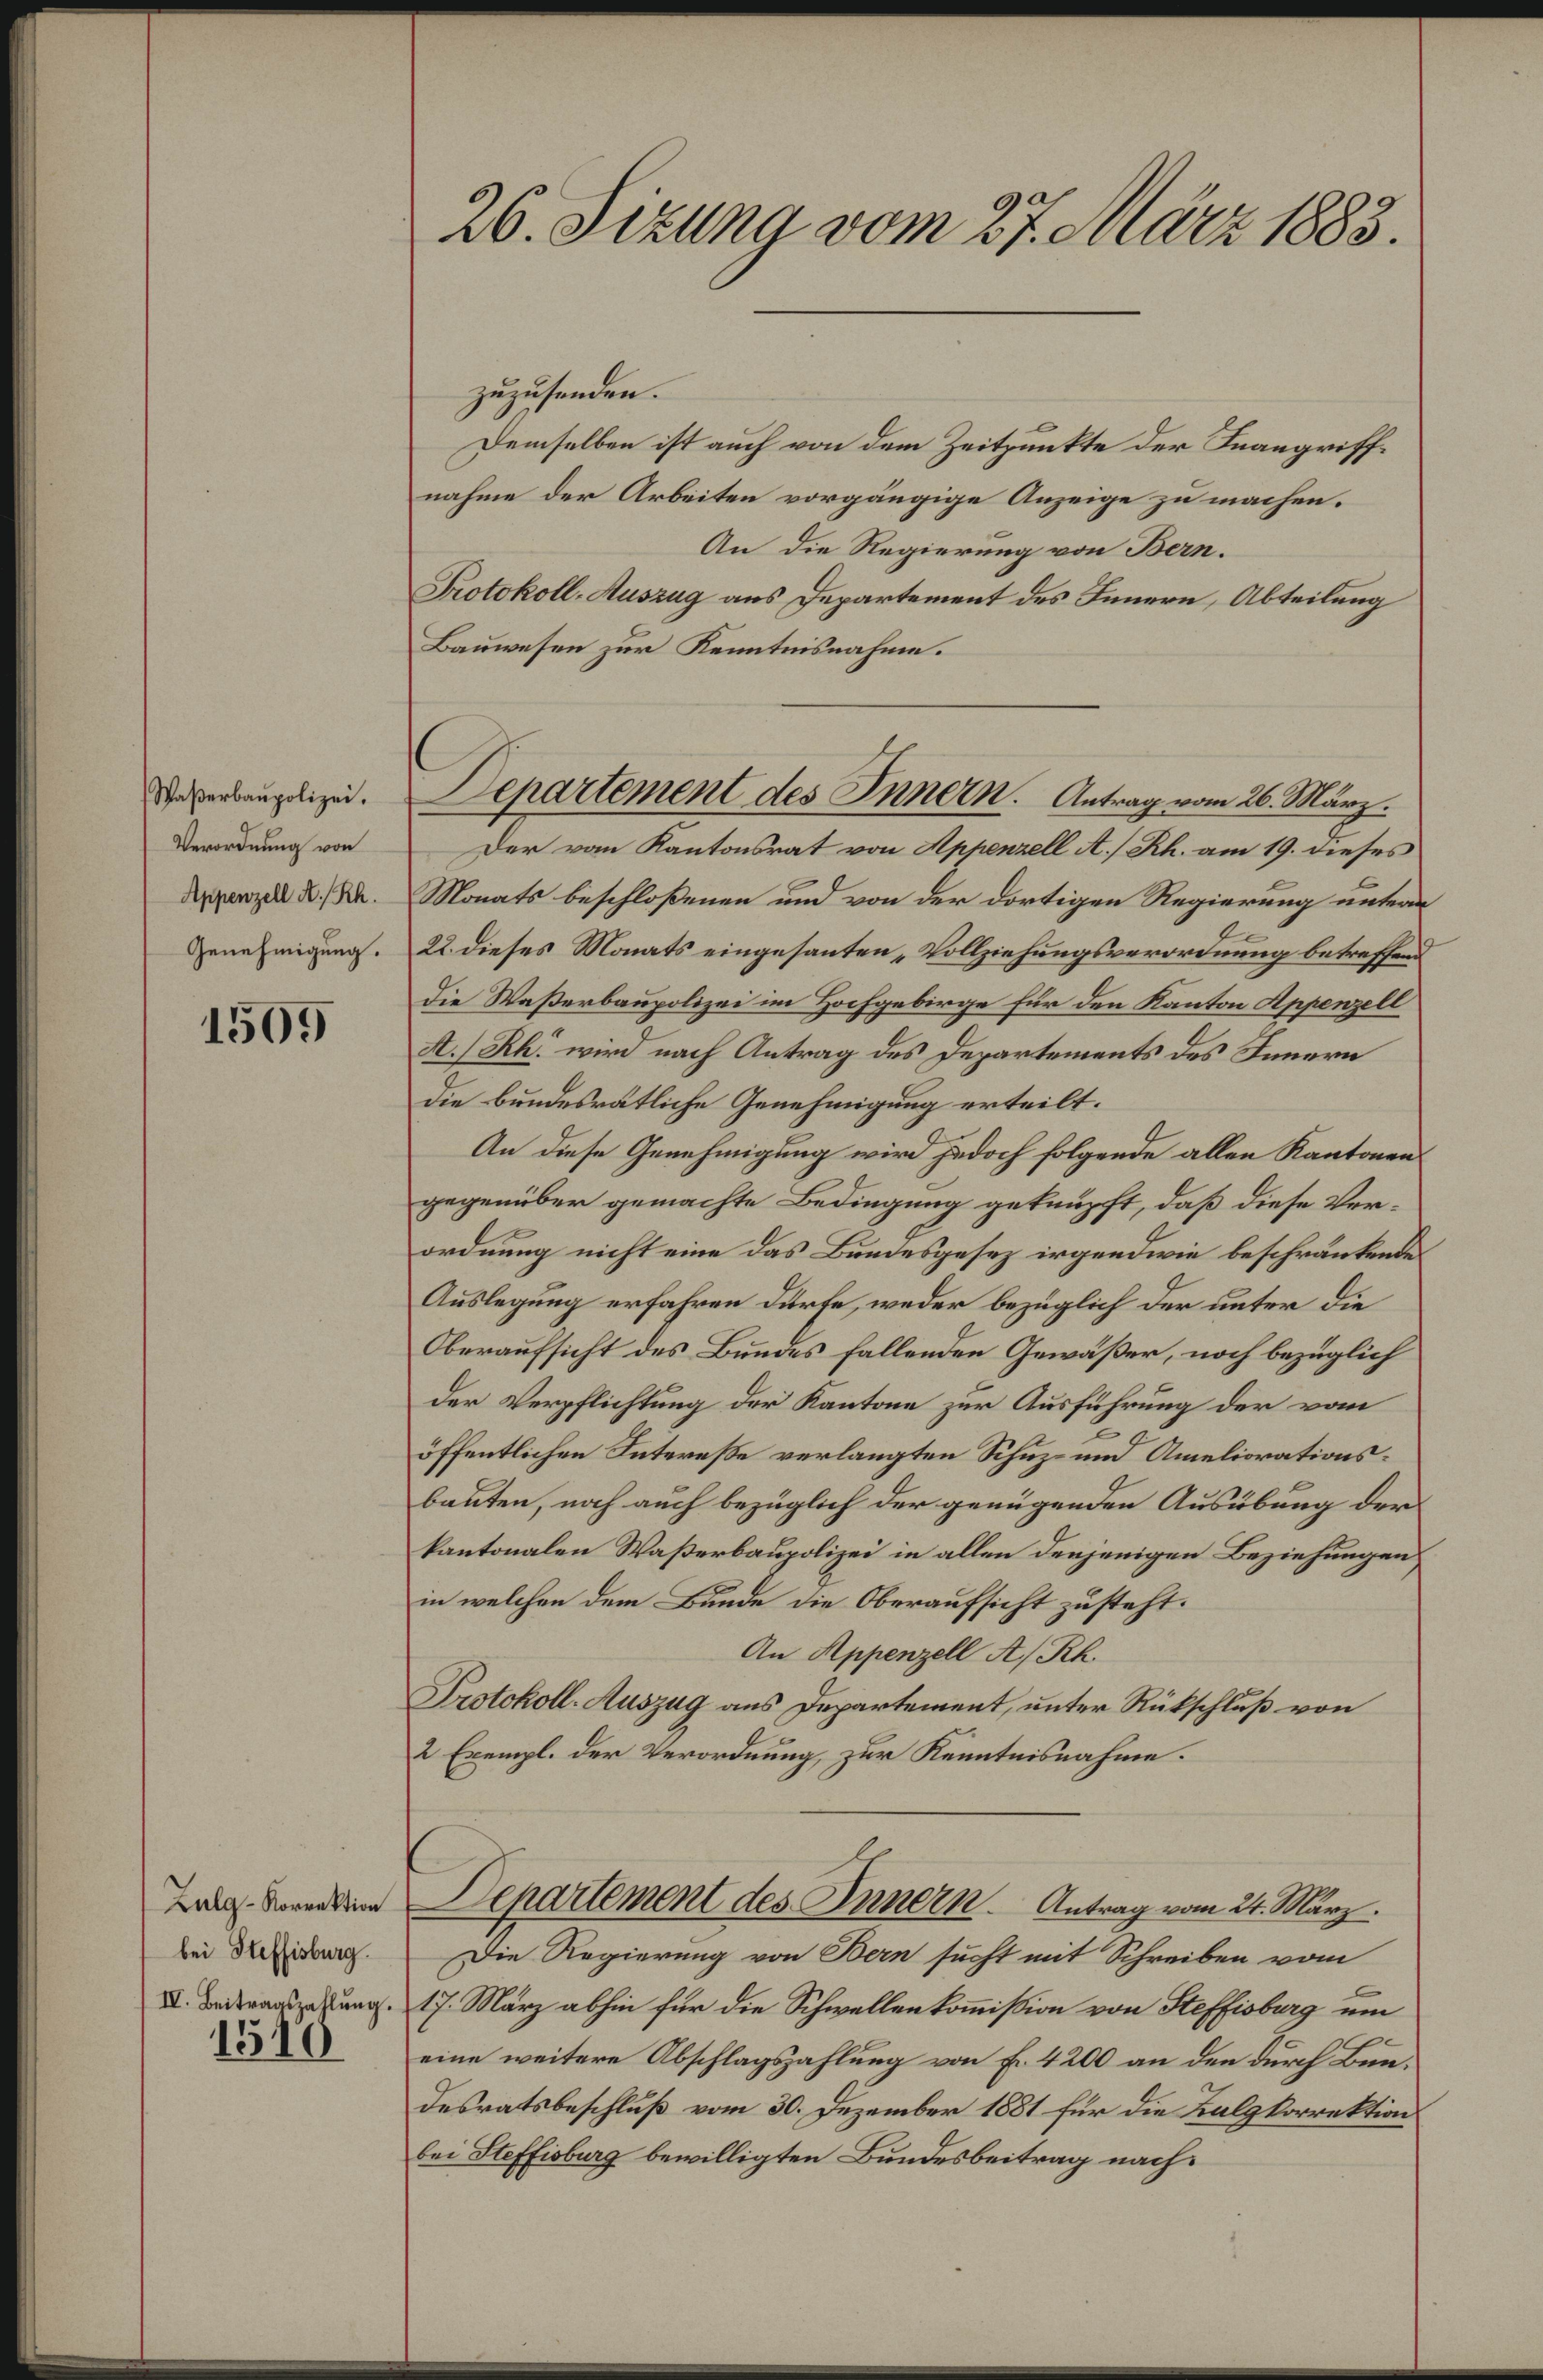
Waßerbaupolizei.
Verordnung von
Appenzell A.Rh.
Genehmigung.

1509

Lalg-Korrektion
bei Steffisburg.
IV. Beitragszahlung.
1510

26. Sizung vom 27. März 1883.

Departement des Innern. Antrag vom 26. März.

zuzusenden.
Demselben ist auch von dem Zeitpunkte der Inangriffnahme der Arbeiten vorgängige Anzeige zu machen.
An die Regierung von Bern.
Protokoll-Auszug aus Departement des Innern, Abteilung
Bauwesen zur Kenntnisnahme.
Der vom Kantonsrat von Appenzell A/Rh. am 19. dieses
Monats beschloßenen und von der dortigen Regierung untern
22. dieses Monats eingesanten „Vollziehungsverordnung betreffend
Die Waßerbaupolizei im Hochgebirge für den Kanton Appenzell
A.) Rh. wird nach Antrag des Departements des Innern
die bundesrätliche Genehmigung erteilt.
An diese Genehmigung wird jedoch folgende allen Kantonen
gegenüber gemachte Bedingung geknüpft, daß diese Ver-
ordnung nicht eine das Bundesgesez irgendwie beschränkende
Auslegung erfahren dürfe, weder bezüglich der unter die
Oberaufsicht des Bundes fallenden Gewäßer, noch bezüglich
der Verpflichtung der Kantone zur Ausführung der vom
öffentlichen Intereße verlangten Schuz- und Ameliorationsbauten, noch auch bezüglich der genügenden Ausübung der
kantonalen Waßerbaupolizei in allen denjenigen Beziehungen
in welchen dem Bunde die Oberaufsicht zusteht.
An Appenzell A/Rh.
Protokoll-Auszug aus Departement, unter Rückschluß von
2 Exempl. der Verordnung zur Kenntnisnahme.

Die Regierung von Bern sucht mit Schreiben vom
17. März abhin für die Schwellenkommission von Steffisburg um
eine weitere Abschlagszahlung von Fr. 4200 an den durch Bendesratsbeschluß vom 30. Dezember 1881 für die Kalgkorrektion
bei Steffisburg bewilligten Bundesbeitrag nach¬

Departement des Innern. Antrag vom 24. März.